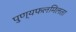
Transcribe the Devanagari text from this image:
पुण्यफलमिलता